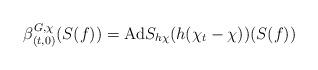
LaTeX: \begin{align*}\beta^{G,\chi}_{(t,0)}(S(f))=\mathrm{Ad}S_{h\chi}(h(\chi_t-\chi))(S(f))\end{align*}